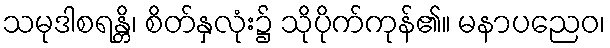
သမုဒါစရန္တိ၊ စိတ်နှလုံး၌ သိုပိုက်ကုန်၏။ မနာပညေဝ၊